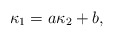
\begin{align*}\kappa_1=a\kappa_2+b,\end{align*}